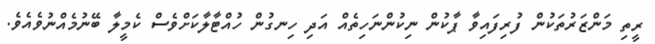
ރީތި މަންޒަރުތަކުން ފުރިފައިވާ ޕާކުން ނިކުންނަހިތެއް އަދި ހިނގުން ހުއްޓާލާކަށްވެސް ކެމީލާ ބޭނުމެއްނުވެއެވެ.